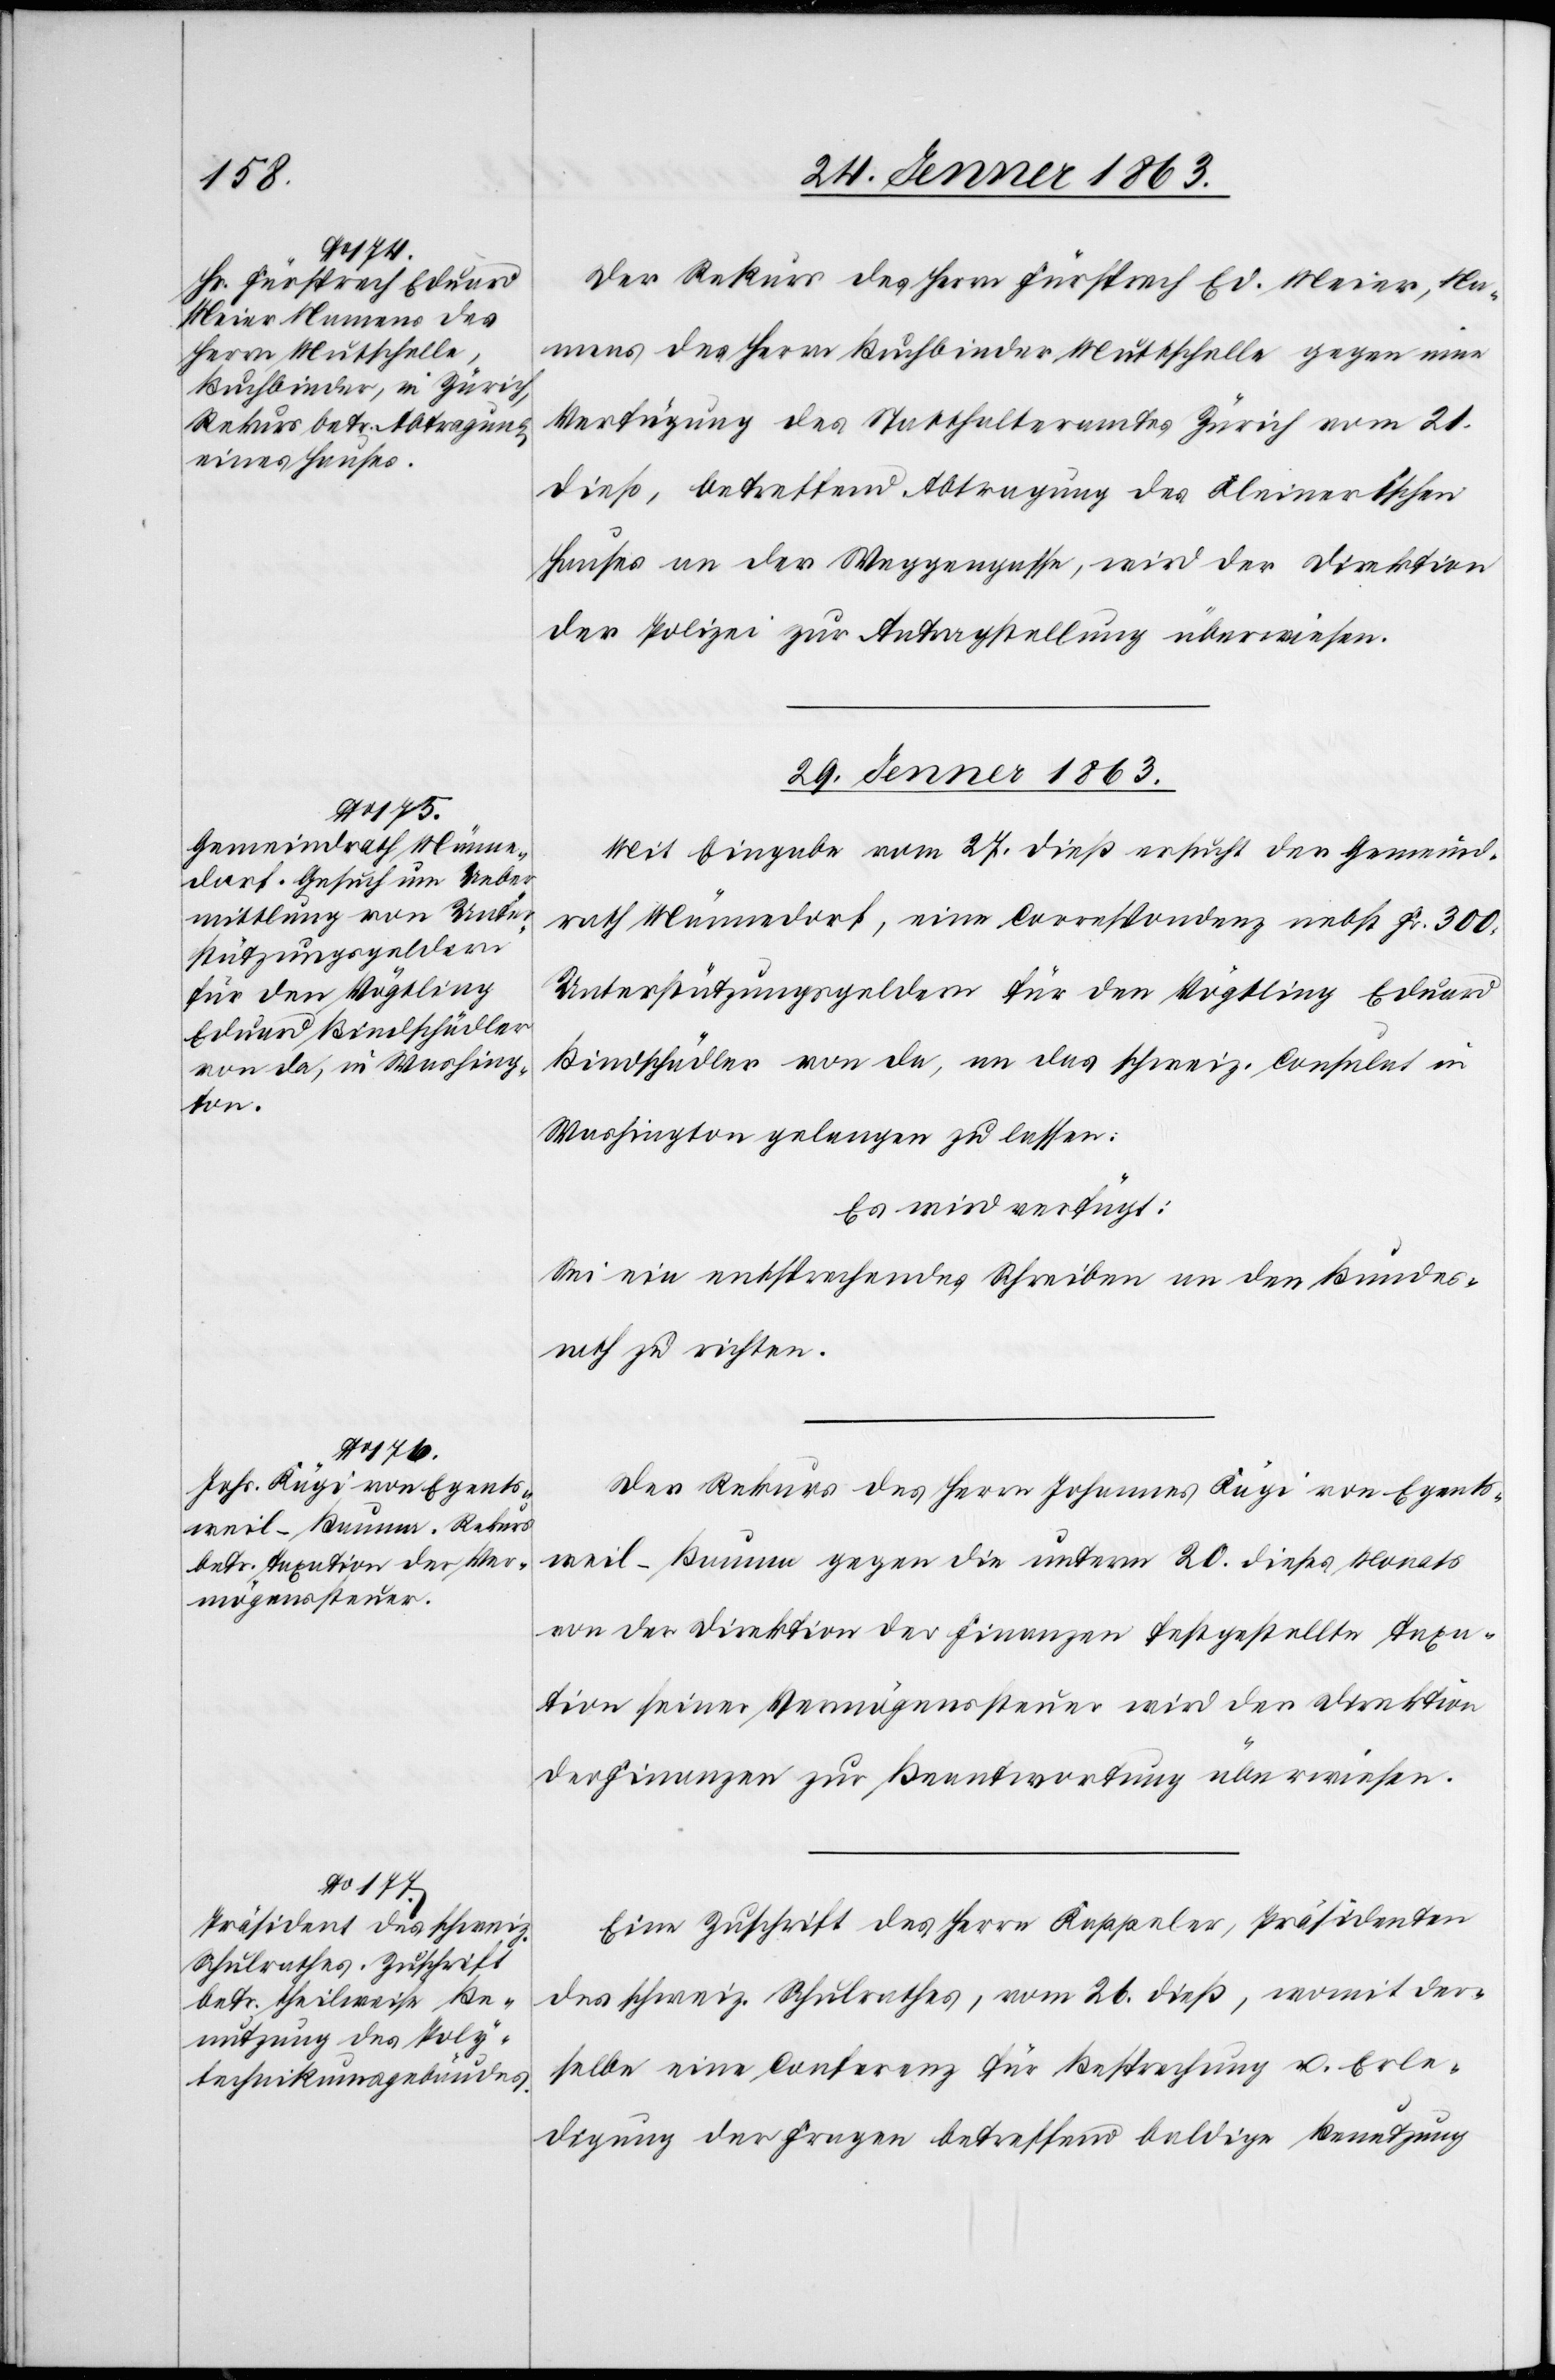
28. Jenner 1863.]
Der Rekurs des Herrn Fürsprech Ed. Meier, Na¬
mens des Herrn Buchbinder Muttschelle [sic!] gegen eine
Verfügung des Statthalteramtes Zürich vom 21.
dieß, betreffend Abtragung des Kleinerischen
Hauses an der Weggengasse, wird der Direktion
der Polizei zur Antragstellung überwiesen.
29. Jenner 1863.]
Mit Eingabe vom 27. dieß ersucht der Gemeind¬
rath Männedorf, eine Correspondenz nebst Fr. 300.
Unterstützungsgeldern für den Vögtling Eduard
Bindschädler von da, an das schweiz. Consulat in
Washington gelangen zu lassen.
Es wird verfügt:
Sei ein entsprechendes Schreiben an den Bundes¬
rath zu richten.
Der Rekurs des Herrn Johannes Kägi von Egents¬
weil-Bauma gegen die unterm 20. dieses Monats
von der Direktion der Finanzen festgestellten Taxa¬
tion seiner Vermögenssteuer wird der Direktion
der Finanzen zur Beantwortung überwiesen.
Eine Zuschrift des Herrn Kappeler, Präsidenten
des schweiz. Schulrathes, vom 26. dieß, womit der¬
selbe eine Conferenz für Besprechung u. Erle¬
digung der Fragen betreffend baldige Benutzung